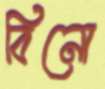
বিনো